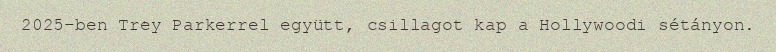
2025-ben Trey Parkerrel együtt, csillagot kap a Hollywoodi sétányon.